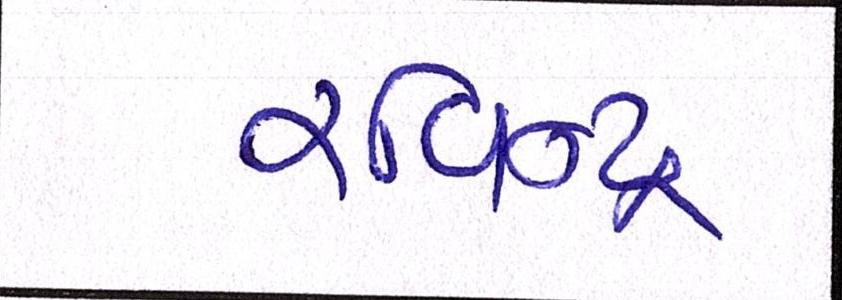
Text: રવિન્દ્ર